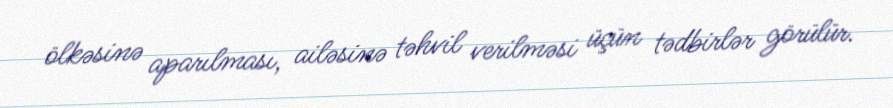
ölkəsinə aparılması, ailəsinə təhvil verilməsi üçün tədbirlər görülür.